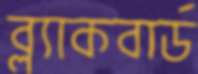
ব্ল্যাকবার্ড